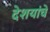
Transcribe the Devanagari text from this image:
देशयांचे